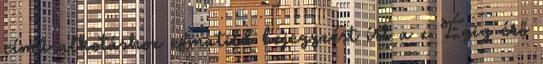
című alkotáshoz efmatild bejegyzést írt a z Égig érő